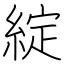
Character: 綻